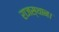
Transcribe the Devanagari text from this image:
राजस्थान।